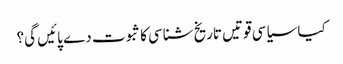
کیا سیاسی قوتیں تاریخ شناسی کا ثبوت دے پائیں گی؟